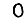
Digit: 0